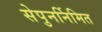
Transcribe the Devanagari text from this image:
सेपुनर्निमित